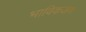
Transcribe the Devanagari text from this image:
भाविकजण